Vaccination in Bombay 1889-1901 - 1889-1901
Year: 1889
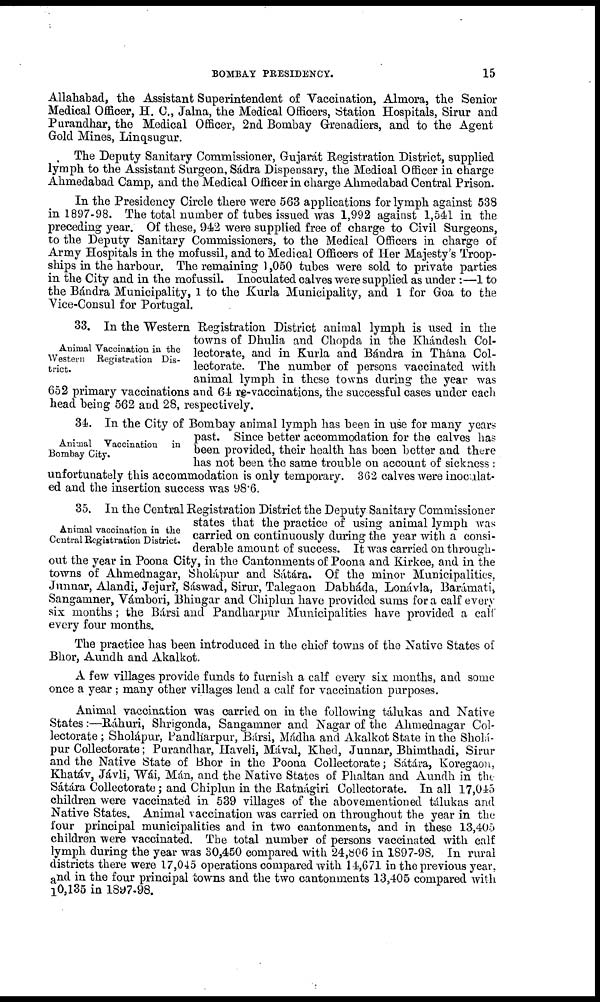
BOMBAY PRESIDENCY.
15
Allahabad, the Assistant Superintendent of Vaccination, Almora, the Senior
Medical Officer, H. C., Jalna, the Medical Officers, Station Hospitals, Sirur and
Purandhar, the Medical Officer, 2nd Bombay Grenadiers, and to the Agent
Gold Mines, Linqsugur.
The Deputy Sanitary Commissioner, Gujarát Registration District, supplied
lymph to the Assistant Surgeon, Sádra Dispensary, the Medical Officer in charge
Ahmedabad Camp, and the Medical Officer in charge Ahmedabad Central Prison.
In the Presidency Circle there were 563 applications for lymph against 538
in 1897-98. The total number of tubes issued was 1,992 against 1,541 in the
preceding year. Of these, 942 were supplied free of charge to Civil Surgeons,
to the Deputy Sanitary Commissioners, to the Medical Officers in charge of
Army Hospitals in the mofussil, and to Medical Officers of Her Majesty's Troop-
ships in the harbour. The remaining 1,050 tubes were sold to private parties
in the City and in the mofussil. Inoculated calves were supplied as under :—1 to
the Bándra Municipality, 1 to the Kurla Municipality, and 1 for Goa to the
Vice-Consul for Portugal.
Animal Vaccination in the
Western Registration Dis-
trict.
33. In the Western Registration District animal lymph is used in the
towns of Dhulia and Chopda in the Khándesh Col-
lectorate, and in Kurla and Bándra in Thána Col-
lectorate. The number of persons vaccinated with
animal lymph in these towns during the year was
652 primary vaccinations and 64 re-vaccinations, the successful cases under each
head being 562 and 28, respectively.
Animal Vaccination
in
Bombay City.
34. In the City of Bombay animal lymph has been in use for many years
past. Since better accommodation for the calves has
been provided, their health has been better and there
has not been the same trouble on account of sickness :
unfortunately this accommodation is only temporary. 362 calves were inoculat-
ed and the insertion success was 98.6.
Animal vaccination in the
Central Registration District.
35. In the Central Registration District the Deputy Sanitary Commissioner
states that the practice of using animal lymph was
carried on continuously during the year with a consi-
derable amount of success. It was carried on through-
out the year in Poona City, in the Cantonments of Poona and Kirkee, and in the
towns of Ahmednagar, Sholápur and Sátára. Of the minor Municipalities.
Junnar, Alandi, Jejuri, Sáswad, Sirur, Talegaon Dabháda, Lonávla, Barámati,
Sangamner, Vámbori, Bhingar and Chiplun have provided sums for a calf every
six months ; the Bársi and Pandharpur Municipalities have provided a calf
every four months.
The practice has been introduced in the chief towns of the Native States of
Bhor, Aundh and Akalkot.
A few villages provide funds to furnish a calf every six months, and some
once a year ; many other villages lend a calf for vaccination purposes.
Animal vaccination was carried on in the following tálukas and Native
States:—Ráhuri, Shrigonda, Sangamner and Nagar of the Ahmednagar Col-
lectorate ; Sholápur, Pandharpur, Bársi, Mádha and Akalkot State in the Sholá¬
pur Collectorate; Purandhar, Haveli, Mával, Khed, Junnar, Bhimthadi, Sirur
and the Native State of Bhor in the Poona Collectorate; Sátára, Koregaon,
Khatáv, Jávli, Wái, Mán, and the Native States of Phaltan and Aundh in the
Sátára Collectorate; and Chiplun in the Ratnágiri Collectorate. In all 17,045
children were vaccinated in 539 villages of the abovementioned tálukas and
Native States. Animal vaccination was carried on throughout the year in the
four principal municipalities and in two cantonments, and in these 13,405
children were vaccinated. The total number of persons vaccinated with calf
lymph during the year was 30,450 compared with 24,806 in 1897-98. In rural
districts there were 17,045 operations compared with 14,671 in the previous year,
and in the four principal towns and the two cantonments 13,405 compared with
10,135 in 1897-98.